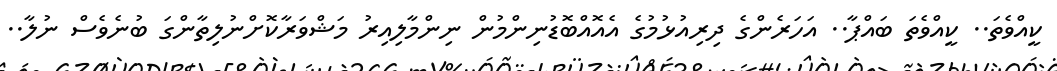
ކީއްވެތަ.. ކީއްވެތަ ބައްޕާ.. އަހަރެންގެ ދިރިއުޅުމުގެ އެއޮއްބޮޑުނިންމުން ނިންމާލިއިރު މަޝްވަރާކޮށްނުލިތާންގަ ބުނެވެސް ނުލާ..